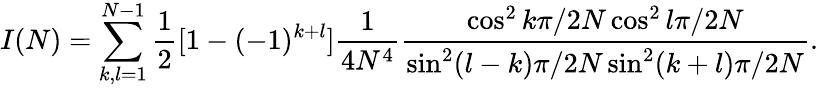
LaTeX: I(N)=\sum_{k,l=1}^{N-1}\frac{1}{2}[1-(-1)^{k+l}]\frac{1}{4N^{4}}\frac{\cos^{2}k\pi/2N\cos^{2}l\pi/2N}{\sin^{2}(l-k)\pi/2N\sin^{2}(k+l)\pi/2N}.